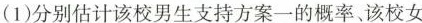
(1)分别估计该校男生支持方案一的概率、该校女